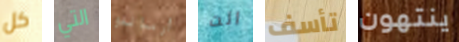
كل التي أرماندو انت تأسف ينتهون